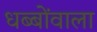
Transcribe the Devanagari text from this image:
धब्बोंवाला